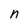
Character: n